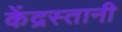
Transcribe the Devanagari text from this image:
केंद्रस्तानी